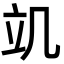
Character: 竌